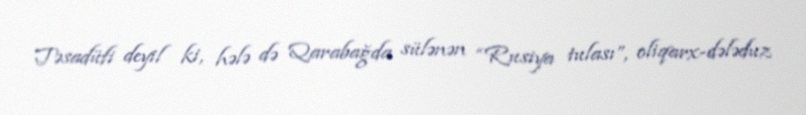
Təsadüfi deyil ki, hələ də Qarabağda sülənən “Rusiya tulası”, oliqarx-dələduz